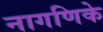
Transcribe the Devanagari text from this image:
नागणिके